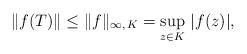
LaTeX: \begin{align*}\|f(T)\|\leq \|f\|_{\infty, \,K}=\sup_{z\in K}\, |f(z)|,\end{align*}